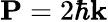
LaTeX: \mathbf{P}=2\hbar\mathbf{k}